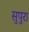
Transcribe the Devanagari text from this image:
सुपुरा